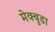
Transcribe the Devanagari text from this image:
मेक्बुडा